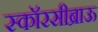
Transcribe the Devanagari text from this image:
स्कॉरसीब्राऊ